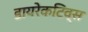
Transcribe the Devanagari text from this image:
डायरेकटिव्स